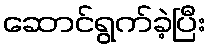
ဆောင်ရွက်ခဲ့ပြီး